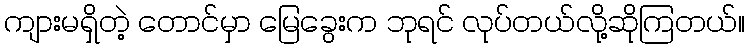
ကျားမရှိတဲ့ တောင်မှာ မြေခွေးက ဘုရင် လုပ်တယ်လို့ဆိုကြတယ်။